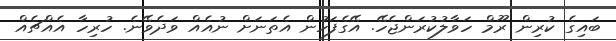
ބައިގެ ކުރިން ރޫމް ހަވާލުކުރަންޖެހޭ. އޭގެފަހުން އެތަނަށް ނުއެއް ވަދެވޭނެ. ހުރިހާ އެއްޗެއް